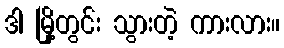
ဒါ မြို့တွင်း သွားတဲ့ ကားလား။